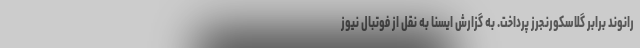
رانوند برابر گلاسکورنجرز پرداخت. به گزارش ایسنا به نقل از فوتبال نیوز